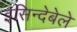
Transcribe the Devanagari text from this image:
इसिन्देबेले